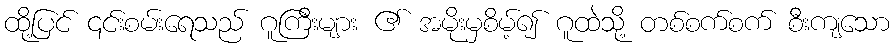
ထို့ပြင် ၎င်းစမ်းရေသည် ဂူကြီးများ ၏ အမိုးမှစိမ့်၍ ဂူထဲသို့ တစ်စက်စက် စီးကျသော